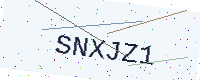
Text: SNXJZ1